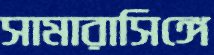
সামারাসিঙ্গে